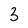
Character: 3